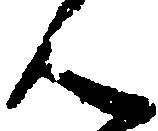
ん